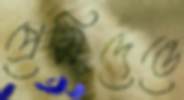
প্রেসিদেন্তে